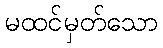
မထင်မှတ်သော